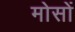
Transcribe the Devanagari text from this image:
मोसों